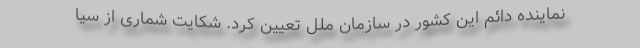
نماینده دائم این کشور در سازمان ملل تعیین کرد. شکایت شماری از سیا